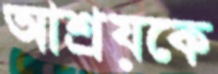
আশ্রয়কে